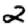
Digit: 2